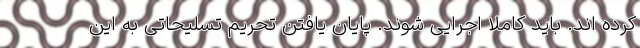
کرده اند. باید کاملا اجرایی شوند. پایان یافتن تحریم تسلیحاتی به این